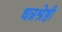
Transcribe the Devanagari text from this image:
धन्नश्रेष्ठी